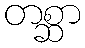
တစ္ဆာ